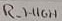
Text: R_HIGH